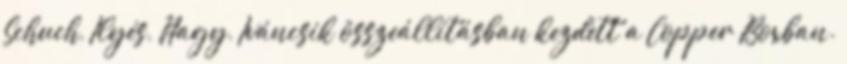
Schuch, Ilyés, Nagy, Iváncsik összeállításban kezdett a Copper Boxban.